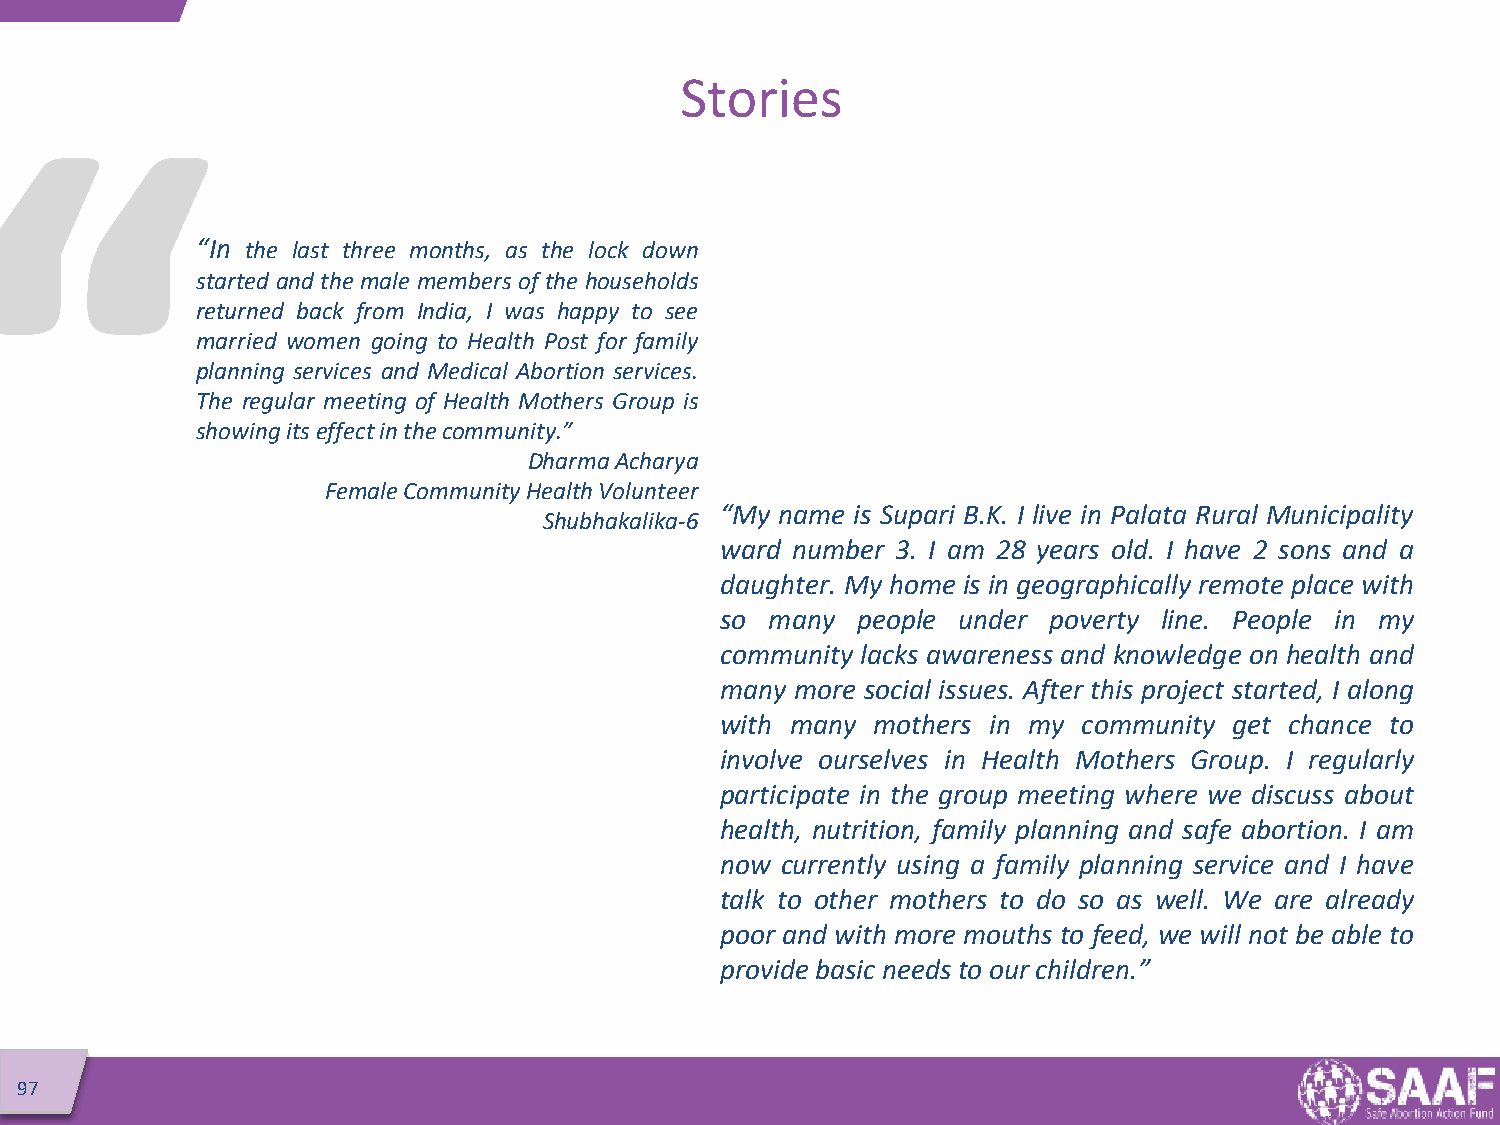
Stories
 “In the last three months, as the lock down
 started and the male members of the households
 returned back from India, I was happy to see
 married women going to Health Post for family
 planning services and Medical Abortion services.
 The regular meeting of Health Mothers Group is
 showingitseffectinthecommunity.”
 Dharma Acharya
 Female Community Health Volunteer
 “My name is Supari B.K. I live in Palata Rural Municipality
 Shubhakalika-6
 ward number 3. I am 28 years old. I have 2 sons and a
 daughter. My home is in geographically remote place with
 so many  people under poverty line. People in my
 community lacks awareness and knowledge on health and
 many more social issues. After this project started, I along
 with many mothers in my community get chance to
 involve ourselves in Health Mothers Group. I regularly
 participate in the group meeting where we discuss about
 health, nutrition, family planning and safe abortion. I am
 now currently using a family planning service and I have
 talk to other mothers to do so as well. We are already
 poor and with more mouths to feed, we will not be able to
 providebasic needs to our children.”
 97